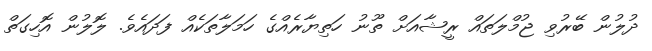
ދުލުން ބޭރުވި ޖުމްލަތައް ރީޝާއަށް ތޫނު ހަތިޔާރެއްގެ ހަމަލާތަކެއް ފަދައެވެ. ލޮލުން އޮހިގަތް